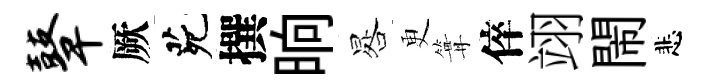
鼙厥茕撰晌晷更篝倅翊閙悲